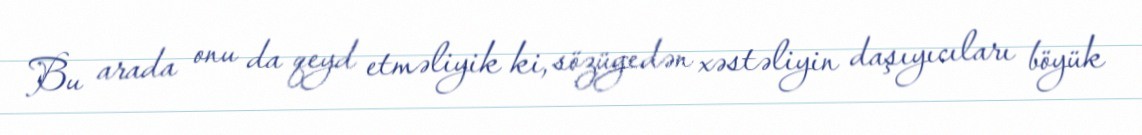
Bu arada onu da qeyd etməliyik ki, sözügedən xəstəliyin daşıyıcıları böyük